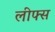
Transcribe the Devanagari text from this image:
लीफ्स